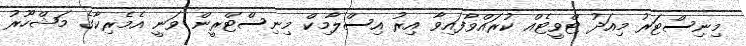
މިނިސްޓަރު މިއަދު ޓްވީޓެއް ކުރައްވާފައިވާ އިރު އިސްލާމިކް މިނިސްޓްރީން ވަނީ އެމެރިކާގެ މަޝްހޫރު